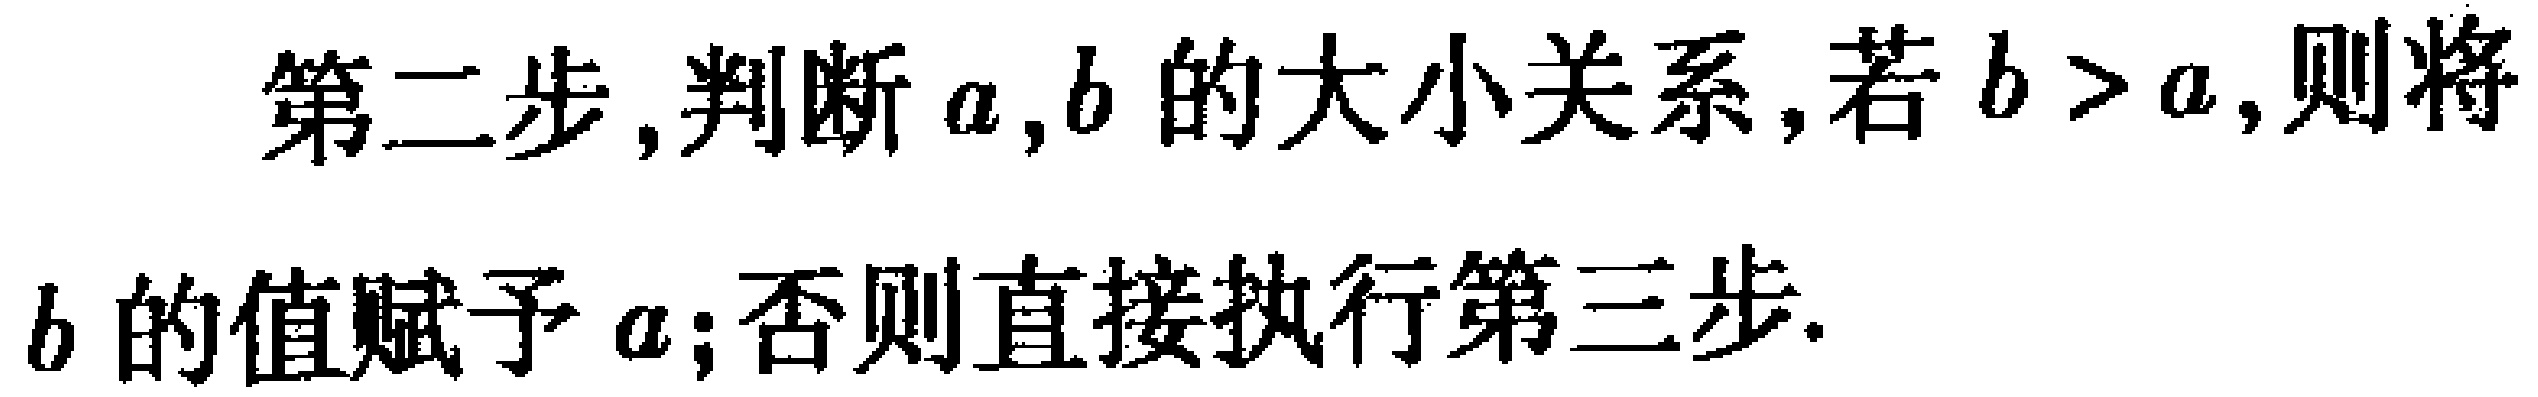
第二步,判断\(a,b\)的大小关系,若\(b > a\),则将\(b\)的值赋予\(a\);否则直接执行第三步.